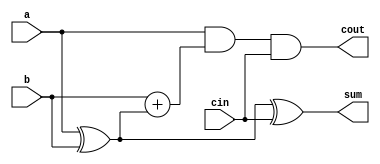
module ALUversion(a, b, cin, sum, cout);
	
	
	
	
	
	
	
	
	
	
	
	
	
	
	
	
	
	
	
	
	
	
	
	
	
	
	
	
	
	
	
	
output sum, cout;
	input a, b, cin;
	wire sum, cout;
	assign sum = a^b^cin;
	assign cout = a&b + (a^b)&cin;
endmodule